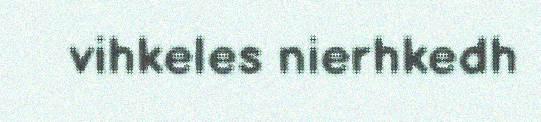
vihkeles nierhkedh